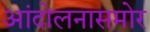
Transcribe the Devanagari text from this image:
आंदोलनासमोर